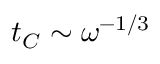
t _ { C } \sim \omega ^ { - 1 / 3 }